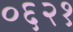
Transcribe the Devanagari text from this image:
०६२१